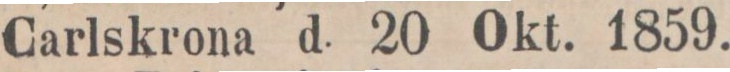
Carlskrona d. 20 Okt. 1859.